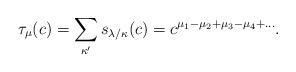
LaTeX: \begin{align*}\tau_{\mu}(c) = \sum_{\kappa' } s_{\lambda/\kappa}(c) = c^{\mu_1 - \mu_2+ \mu_3-\mu_4+ \dots}. \end{align*}